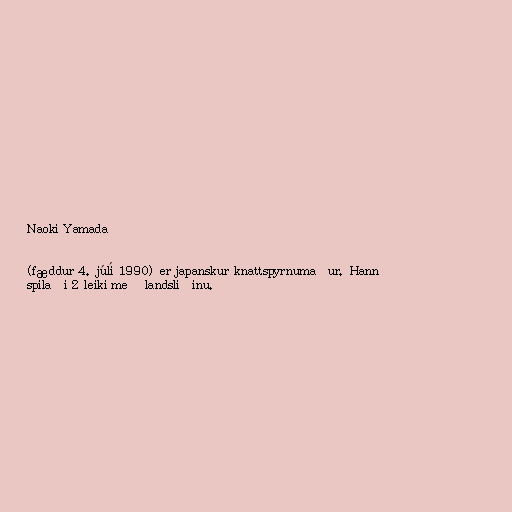
Naoki Yamada

(fæddur 4. júlí 1990) er japanskur knattspyrnumaður. Hann
spilaði 2 leiki með landsliðinu.